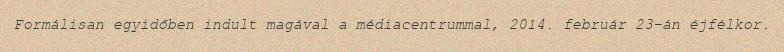
Formálisan egyidőben indult magával a médiacentrummal, 2014. február 23-án éjfélkor.